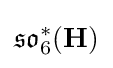
{\mathfrak {so}}_{6}^{*}(\mathbf {H} )